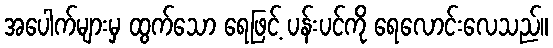
အပေါက်များမှ ထွက်သော ရေဖြင့် ပန်းပင်ကို ရေလောင်းလေသည်။